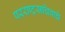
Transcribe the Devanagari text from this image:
परराष्ट्रसचिवाचे